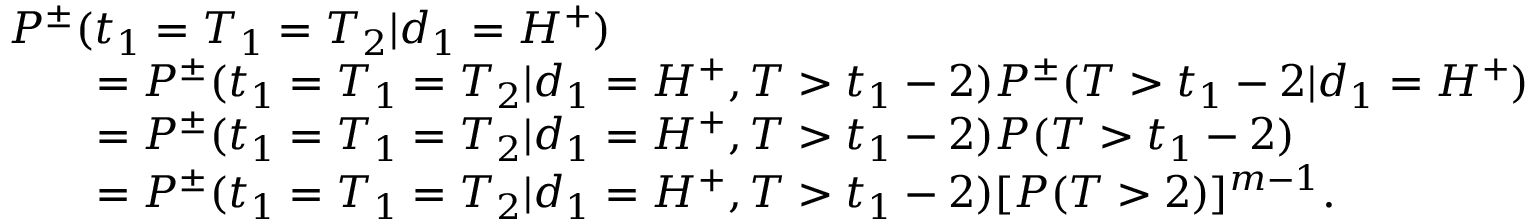
\begin{array} { r l } & { P ^ { \pm } ( t _ { 1 } = T _ { 1 } = T _ { 2 } | d _ { 1 } = H ^ { + } ) } \\ & { \qquad = P ^ { \pm } ( t _ { 1 } = T _ { 1 } = T _ { 2 } | d _ { 1 } = H ^ { + } , T > t _ { 1 } - 2 ) P ^ { \pm } ( T > t _ { 1 } - 2 | d _ { 1 } = H ^ { + } ) } \\ & { \qquad = P ^ { \pm } ( t _ { 1 } = T _ { 1 } = T _ { 2 } | d _ { 1 } = H ^ { + } , T > t _ { 1 } - 2 ) P ( T > t _ { 1 } - 2 ) } \\ & { \qquad = P ^ { \pm } ( t _ { 1 } = T _ { 1 } = T _ { 2 } | d _ { 1 } = H ^ { + } , T > t _ { 1 } - 2 ) [ P ( T > 2 ) ] ^ { m - 1 } . } \end{array}